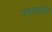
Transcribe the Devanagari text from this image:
एनएफसीकी